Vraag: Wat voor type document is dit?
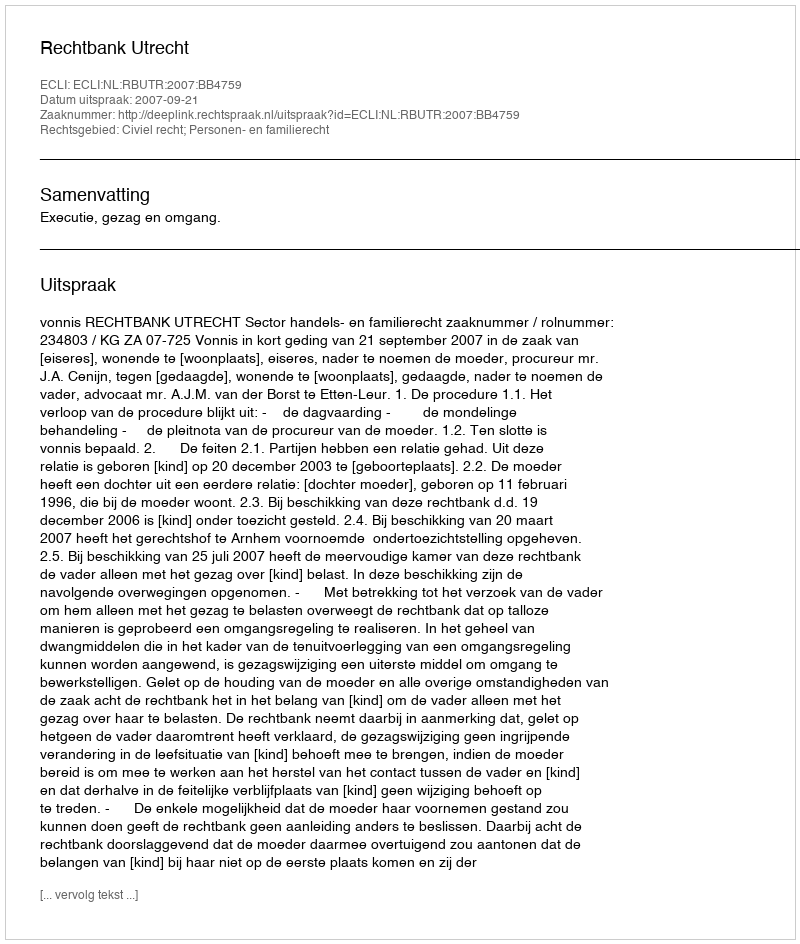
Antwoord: Uitspraak